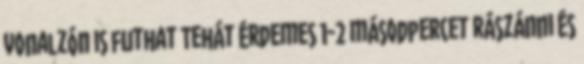
vonalzón is futhat Tehát érdemes 1-2 másodpercet rászánni és